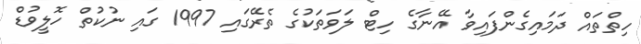
ހިތްތައް ދަމައިގެންފައިވާ އޭނާގެ ހިޓް ލަވަތަކުގެ ތެރޭގައި 1997 ގައި ނުކުތް ހޮލީވުޑް